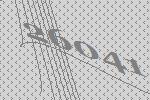
26041